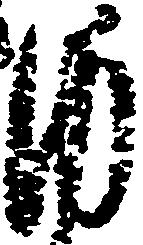
内